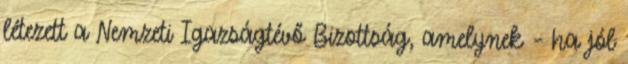
létezett a Nemzeti Igazságtévő Bizott­ság, amelynek – ha jól